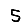
Digit: 5